Lunatic asylums United Provinces 1899-1908 - 1899-1908
Year: 1899
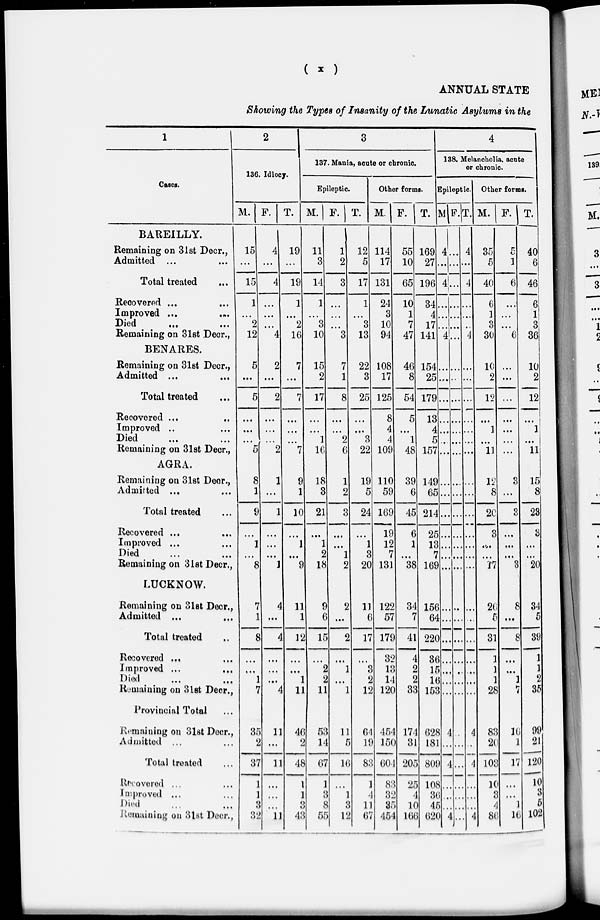
(
x
)
ANNUAL STATE
Showing the Types of Insanity of the Lunatic Asylums in the
1
Cases.
BAREILLY.
Remaining on 31st Decr.,
Admitted ... ...
Total treated ...
Recovered ...
...
Improved ... ...
Died
... ...
Remaining on 31st Decr.,
BENARES.
Remaining on 31st Decr.,
Admitted ...
...
Total treated ...
Recovered ... ...
Improved .. ...
Died ... ...
Remaining on 31st Decr.,
AGRA.
Remaining on 31st Decr.,
Admitted ... ...
Total treated ...
Recovered ... ...
Improved ... ...
Died ... ...
Remaining on 31st Decr.,
LUCKNOW.
Remaining on 31st Decr.,
Admitted ... ...
Total treated ...
Recovered ... ...
Improved ... ...
Died ... ...
Remaining on 31st Decr.,
Provincial Total ...
Remaining on 31st Decr.,
Admitted ... ...
Total treated ...
Recovered ... ...
Improved ... ...
Died ... ...
Remaining on 31st Decr.,
2
136. Idiocy.
M.
15
...
15
1
...
2
12
5
...
5
...
...
...
5
8
1
9
...
1
...
8
7
1
8
...
...
1
7
35
2
37
1
1
3
32
F.
4
...
4
...
...
...
4
2
...
2
...
...
...
2
1
...
1
...
...
...
1
4
...
4
...
...
...
4
11
...
11
...
...
...
11
T.
19
...
19
1
...
2
16
7
...
7
...
...
...
7
9
1
10
...
1
...
9
11
1
12
...
...
1
11
46
2
48
1
1
3
43
3
137. Mania, acute or chronic.
Epileptic.
M.
11
3
14
1
...
3
10
15
2
17
...
...
1
16
18
3
21
...
1
2
18
9
6
15
...
2
2
11
53
14
67
1
3
8
55
F.
1
2
3
...
...
...
3
7
1
8
...
...
2
6
1
2
3
...
...
1
2
2
...
2
...
1
...
1
11
5
16
...
1
3
12
T.
12
5
17
1
...
3
13
22
3
25
...
...
3
22
19
5
24
...
1
3
20
11
6
17
...
3
2
12
64
19
83
1
4
11
67
Other forms.
M.
114
17
131
24
3
10
94
108
17
125
8
4
4
109
110
59
169
19
12
7
131
122
57
179
32
13
14
120
454
150
604
83
32
35
454
F.
55
10
65
10
1
7
47
46
8
54
5
...
1
48
39
6
45
6
1
...
38
34
7
41
4
2
2
33
174
31
205
25
4
10
166
T.
169
27
196
34
4
17
141
154
25
179
13
4
5
157
149
65
214
25
13
7
169
156
64
220
36
15
16
153
628
181
809
108
36
45
620
4
138. Melancholia, acute
or chronic.
Epileptic.
M.
4
...
4
...
...
...
4
...
...
...
...
...
...
...
...
...
...
...
...
...
...
..
...
...
...
...
...
...
4
...
4
...
...
...
4
F.
...
...
...
...
...
...
...
...
...
...
...
...
...
...
...
...
...
...
...
...
...
...
...
...
...
...
...
...
..
...
...
...
...
...
...
T.
4
...
4
...
...
...
4
...
...
...
...
...
...
...
...
...
...
...
...
...
...
...
...
...
...
...
...
...
4
...
4
...
...
...
4
Other forms.
M.
35
5
40
6
1
3
30
10
2
12
...
1
...
11
12
8
20
3
...
...
17
26
5
31
1
1
1
28
83
20
103
10
3
4
86
F.
5
1
6
...
...
...
6
...
...
...
...
...
...
...
3
...
3
...
...
...
3
8
...
8
...
...
1
7
16
1
17
...
...
1
16
T.
40
6
46
6
1
3
36
10
2
12
...
1
...
11
15
8
23
3
...
...
20
34
5
39
1
1
2
35
99
21
120
10
3
5
102